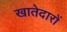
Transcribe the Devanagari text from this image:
खातेदारों